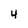
Character: 4